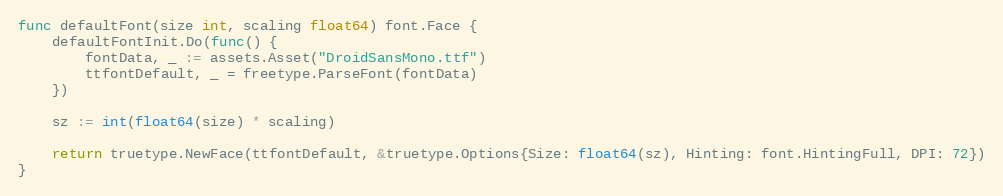
Language: Go
func defaultFont(size int, scaling float64) font.Face {
	defaultFontInit.Do(func() {
		fontData, _ := assets.Asset("DroidSansMono.ttf")
		ttfontDefault, _ = freetype.ParseFont(fontData)
	})

	sz := int(float64(size) * scaling)

	return truetype.NewFace(ttfontDefault, &truetype.Options{Size: float64(sz), Hinting: font.HintingFull, DPI: 72})
}